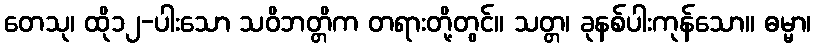
တေသု၊ ထို၁၂-ပါးသော သဝိဘတ္တိက တရားတို့တွင်။ သတ္တ၊ ခုနစ်ပါးကုန်သော။ ဓမ္မာ၊